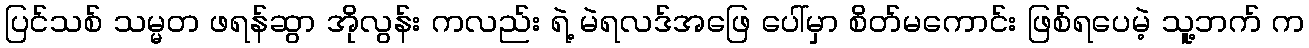
ပြင်သစ် သမ္မတ ဖရန်ဆွာ အိုလွန်း ကလည်း ရဲ့ မဲရလဒ်အဖြေ ပေါ်မှာ စိတ်မကောင်း ဖြစ်ရပေမဲ့ သူ့ဘက် က